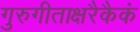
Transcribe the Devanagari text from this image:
गुरुगीताक्षरैकैकं